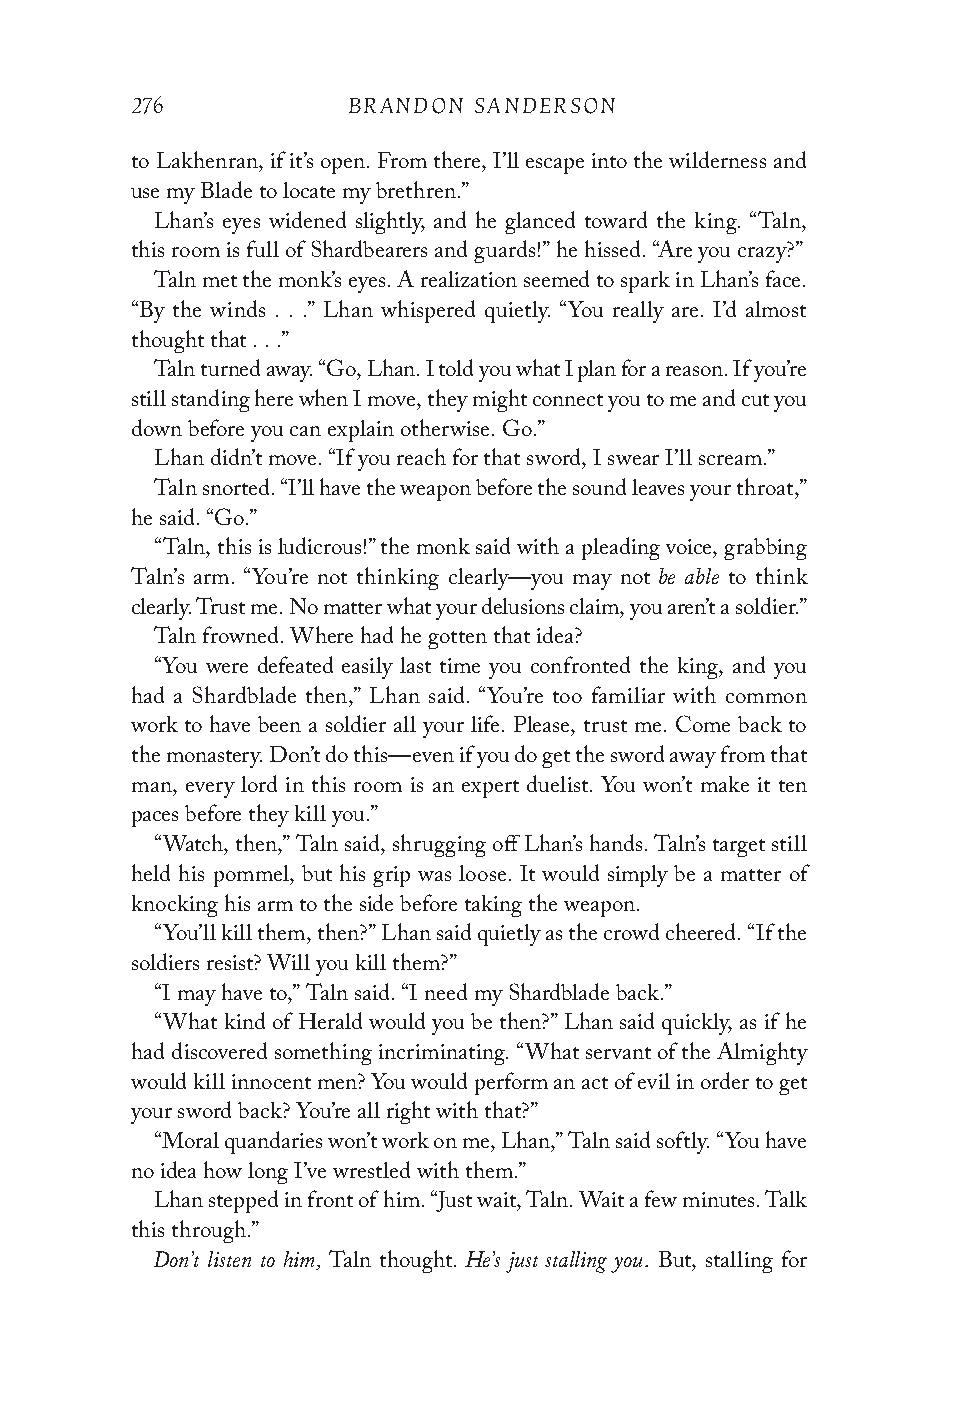
276           BRANDON SANDERSON
 to Lakhenran, if it’s open. From there, I’ll escape into the wilderness and
 use my Blade to locate my brethren.”
 Lhan’s eyes widened slightly, and he glanced toward the king. “Taln,
 this room is full of Shardbearers and guards!” he hissed. “Are you crazy?”
 Taln met the monk’s eyes. A realization seemed to spark in Lhan’s face.
 “By the winds . . .” Lhan whispered quietly. “You really are. I’d almost
 thought that . . .”
 Taln turned away. “Go, Lhan. I told you what I plan for a reason. If you’re
 still standing here when I move, they might connect you to me and cut you
 down before you can explain otherwise. Go.”
 Lhan didn’t move. “If you reach for that sword, I swear I’ll scream.”
 Taln snorted. “I’ll have the weapon before the sound leaves your throat,”
 he said. “Go.”
 “Taln, this is ludicrous!” the monk said with a pleading voice, grabbing
 be able
 Taln’s arm. “You’re not thinking clearly—you may not to think
 clearly. Trust me. No matter what your delusions claim, you aren’t a soldier.”
 Taln frowned. Where had he gotten that idea?
 “You were defeated easily last time you confronted the king, and you
 had a Shardblade then,” Lhan said. “You’re too familiar with common
 work to have been a soldier all your life. Please, trust me. Come back to
 the monastery. Don’t do this—even if you do get the sword away from that
 man, every lord in this room is an expert duelist. You won’t make it ten
 paces before they kill you.”
 “Watch, then,” Taln said, shrugging off Lhan’s hands. Taln’s target still
 held his pommel, but his grip was loose. It would simply be a matter of
 knocking his arm to the side before taking the weapon.
 “You’ll kill them, then?” Lhan said quietly as the crowd cheered. “If the
 soldiers resist? Will you kill them?”
 “I may have to,” Taln said. “I need my Shardblade back.”
 “What kind of Herald would you be then?” Lhan said quickly, as if he
 had discovered something incriminating. “What servant of the Almighty
 would kill innocent men? You would perform an act of evil in order to get
 your sword back? You’re all right with that?”
 “Moral quandaries won’t work on me, Lhan,” Taln said softly. “You have
 no idea how long I’ve wrestled with them.”
 Lhan stepped in front of him. “Just wait, Taln. Wait a few minutes. Talk
 this through.”
 Don’t listen to him, He’s just stalling you.
 Taln thought.         But, stalling for